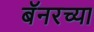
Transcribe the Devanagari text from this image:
बॅनरच्या